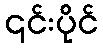
၎င်းပိုင်